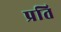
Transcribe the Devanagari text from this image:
प्रति